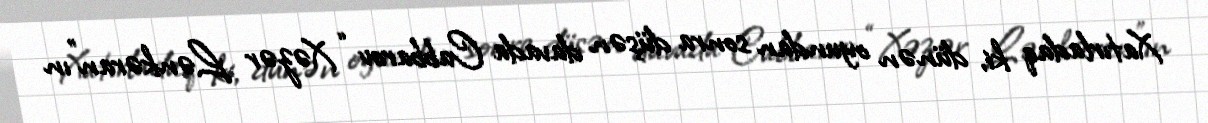
Xatırladaq ki, dünən oyundan sonra düşən davada Cabbarov “Xəzər Lənkəran”ın